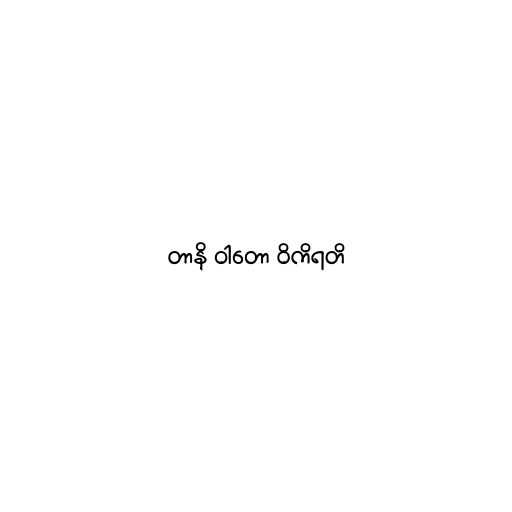
တာနိ ဝါတော ဝိကိရတိ